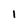
Character: 1